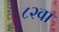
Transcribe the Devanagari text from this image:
८२वा